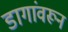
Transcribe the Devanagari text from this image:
डागांवरून